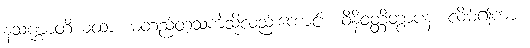
နသဏ္ဌာတိယထာ၊ မတည်တံ့သကဲ့သို့လည်းကောင်း။ ဝိနိဝတ္တိတွာပန၊ လိမ့်၍ကား။